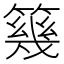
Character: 𥳏